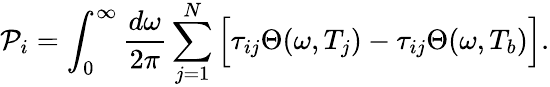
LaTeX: \mathcal{P}_{i}=\int_{0}^{\infty}\frac{d\omega}{2\pi}\sum_{j=1}^{N}\Big[\tau_{ij}\Theta(\omega,T_{j})-\tau_{ij}\Theta(\omega,T_{b})\Big].